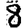
Digit: 8